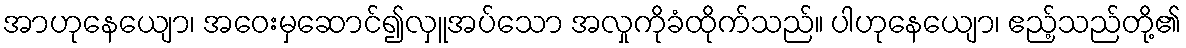
အာဟုနေယျော၊ အဝေးမှဆောင်၍လှူအပ်သော အလှုကိုခံထိုက်သည်။ ပါဟုနေယျော၊ ဧည့်သည်တို့၏